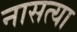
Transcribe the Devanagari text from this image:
नासत्या